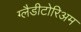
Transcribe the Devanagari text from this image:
ग्लैडीटोरिअम